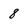
Character: 8